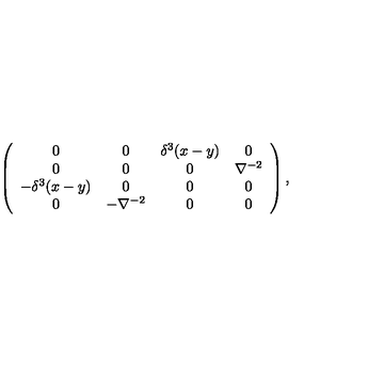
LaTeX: \left( \begin{array} { c c c c } { 0 } & { 0 } & { \delta ^ { 3 } ( x - y ) } & { 0 } \\ { 0 } & { 0 } & { 0 } & { \nabla ^ { - 2 } } \\ { - \delta ^ { 3 } ( x - y ) } & { 0 } & { 0 } & { 0 } \\ { 0 } & { - \nabla ^ { - 2 } } & { 0 } & { 0 } \\ \end{array} \right) ,